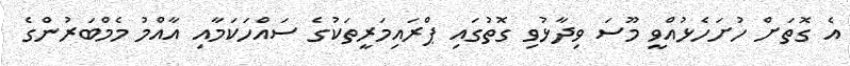
އެ ގޮތަށް ހުށަހެޅުއްވީ މޫސަ ވިދާޅުވި ގޮތުގައި ޕްރައިމަރީތަކުގެ ސައްހަކަމާއި އާއްމު މެމްބަރުންގެ